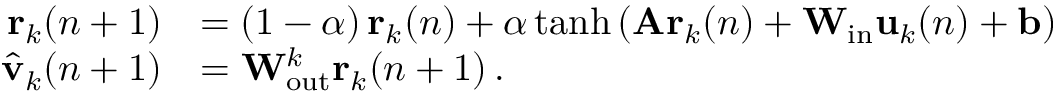
\begin{array} { r l } { \mathbf { r } _ { k } ( n + 1 ) } & { = \left( 1 - \alpha \right) \mathbf { r } _ { k } ( n ) + \alpha \operatorname { t a n h } \left( \mathbf { A } \mathbf { r } _ { k } ( n ) + \mathbf { W } _ { \mathrm { i n } } \mathbf { u } _ { k } ( n ) + \mathbf { b } \right) } \\ { \hat { \mathbf { v } } _ { k } ( n + 1 ) } & { = \mathbf { W } _ { \mathrm { o u t } } ^ { k } \mathbf { r } _ { k } ( n + 1 ) \, . } \end{array}